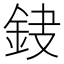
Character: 𨥻